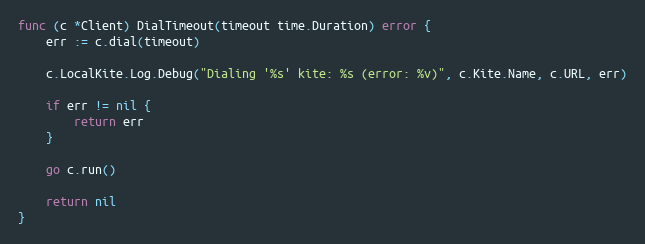
Language: Go
func (c *Client) DialTimeout(timeout time.Duration) error {
	err := c.dial(timeout)

	c.LocalKite.Log.Debug("Dialing '%s' kite: %s (error: %v)", c.Kite.Name, c.URL, err)

	if err != nil {
		return err
	}

	go c.run()

	return nil
}